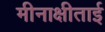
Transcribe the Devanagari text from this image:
मीनाक्षीताई